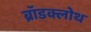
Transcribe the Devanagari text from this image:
ब्रॉडक्लोथ